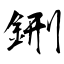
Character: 鉶